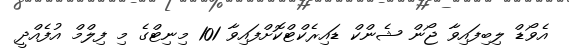
އެވޯޑް ލިބިފައިވާ ޖޯން ޝެންކް ޑައިރެކްޓްކޮށްފައިވާ 101 މިނިޓްގެ މި ފިލްމް އުފެެއްދީ